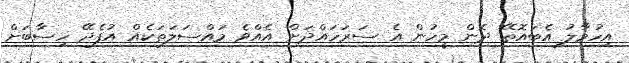
އިހުމާލު އެބައޮތޭ ދެން މީހުން އެ ސަރަހައްދަށް އެއްވެ މައްސަލަތަކެއް އުފެދޭ ހިސާބަށް